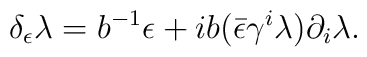
\delta _\epsilon \lambda =b^{-1} \epsilon + ib(\bar \epsilon\gamma ^i \lambda) \partial_i \lambda .